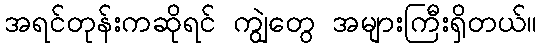
အရင်တုန်းကဆိုရင် ကျွဲတွေ အများကြီးရှိတယ်။